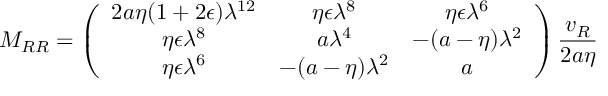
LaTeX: M _ { R R } = \left( \begin{array} { c c c } { { 2 a \eta ( 1 + 2 \epsilon ) \lambda ^ { 1 2 } } } & { { \eta \epsilon \lambda ^ { 8 } } } & { { \eta \epsilon \lambda ^ { 6 } } } \\ { { \eta \epsilon \lambda ^ { 8 } } } & { { a \lambda ^ { 4 } } } & { { - ( a - \eta ) \lambda ^ { 2 } } } \\ { { \eta \epsilon \lambda ^ { 6 } } } & { { - ( a - \eta ) \lambda ^ { 2 } } } & { { a } } \end{array} \right) \frac { v _ { R } } { 2 a \eta }